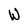
Character: W